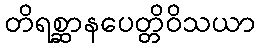
တိရစ္ဆာနပေတ္တိဝိသယာ